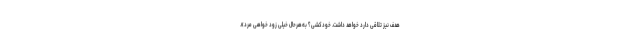
هدف نیز تلاقی دارد خواهد داشت. خودکشی؟ به‌هرحال خیلی زود خواهی مُرد».